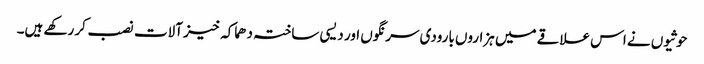
حوثیوں نے اس علاقے میں ہزاروں بارودی سرنگوں اور دیسی ساختہ دھماکہ خیز آلات نصب کر رکھے ہیں۔